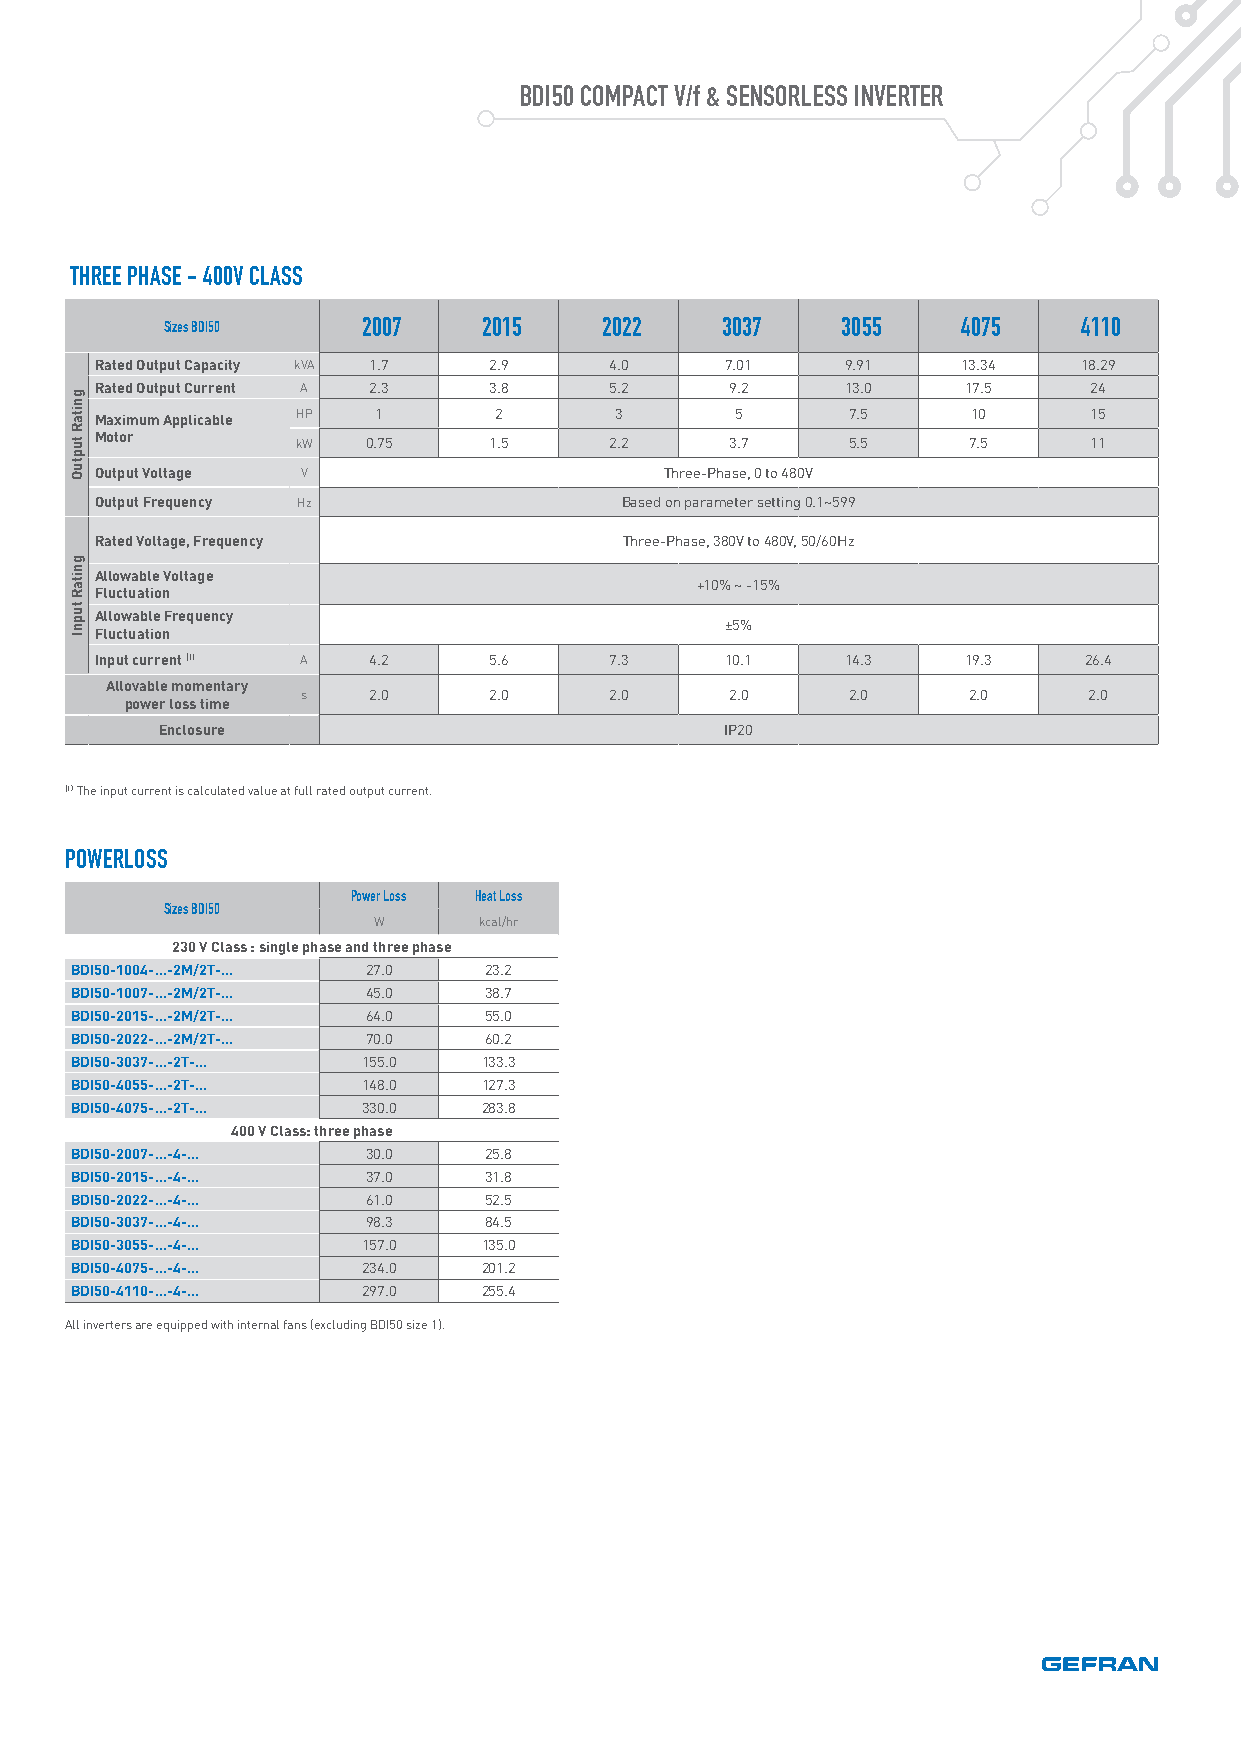
BDI50 COMPACT V/f & SENSORLESS INVERTER
 THREE PHASE - 400V CLASS
 Sizes BDI50  2007    2015    2022    3037    3055    4075    4110
 Rated Output Capacity kVA 1.7 2.9 4.0     7.01    9.91    13.34   18.29
 Rated Output Current A 2.3 3.8    5.2     9.2     13.0    17.5    24
 Maximum Applicable HP 1    2       3       5      7.5     10      15
 Motor         kW  0.75    1.5     2.2     3.7     5.5     7.5     11
 Output Voltage V                      Three-Phase, 0 to 480V
 Output Frequency Hz                Based on parameter setting 0.1~599
 Rated Voltage, Frequency           Three-Phase, 380V to 480V, 50/60Hz
 Allowable Voltage
 +10% ~ -15%
 Fluctuation
 Allowable Frequency
 ±5%
 Fluctuation
 Input current (1) A 4.2   5.6     7.3     10.1    14.3    19.3    26.4
 Allovable momentary
 s   2.0     2.0     2.0     2.0     2.0     2.0     2.0
 power loss time
 Enclosure                            IP20
 (1) The input current is calculated value at full rated output current.
 POWERLOSS
 Power Loss Heat Loss
 Sizes BDI50
 W      kcal/hr
 230 V Class : single phase and three phase
 BDI50-1004-...-2M/2T-… 27.0 23.2
 BDI50-1007-...-2M/2T-… 45.0 38.7
 BDI50-2015-...-2M/2T-… 64.0 55.0
 BDI50-2022-...-2M/2T-… 70.0 60.2
 BDI50-3037-...-2T-… 155.0  133.3
 BDI50-4055-...-2T-… 148.0  127.3
 BDI50-4075-...-2T-… 330.0  283.8
 400 V Class: three phase
 BDI50-2007-...-4-… 30.0    25.8
 BDI50-2015-...-4-… 37.0    31.8
 BDI50-2022-...-4-… 61.0    52.5
 BDI50-3037-...-4-… 98.3    84.5
 BDI50-3055-...-4-… 157.0   135.0
 BDI50-4075-...-4-… 234.0   201.2
 BDI50-4110-...-4-… 297.0   255.4
 All inverters are equipped with internal fans (excluding BDI50 size 1).
 gnitaR
 tuptuO
 gnitaR
 tupnI